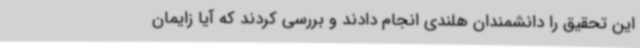
این تحقیق را دانشمندان هلندی انجام دادند و بررسی کردند که آیا زایمان